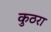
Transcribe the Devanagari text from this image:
कुठरा